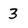
Character: 3